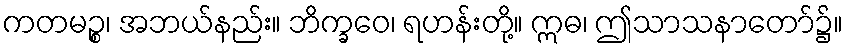
ကတမဉ္စ၊ အဘယ်နည်း။ ဘိက္ခဝေ၊ ရဟန်းတို့။ ဣဓ၊ ဤသာသနာတော်၌။